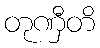
တုဏှီတိ